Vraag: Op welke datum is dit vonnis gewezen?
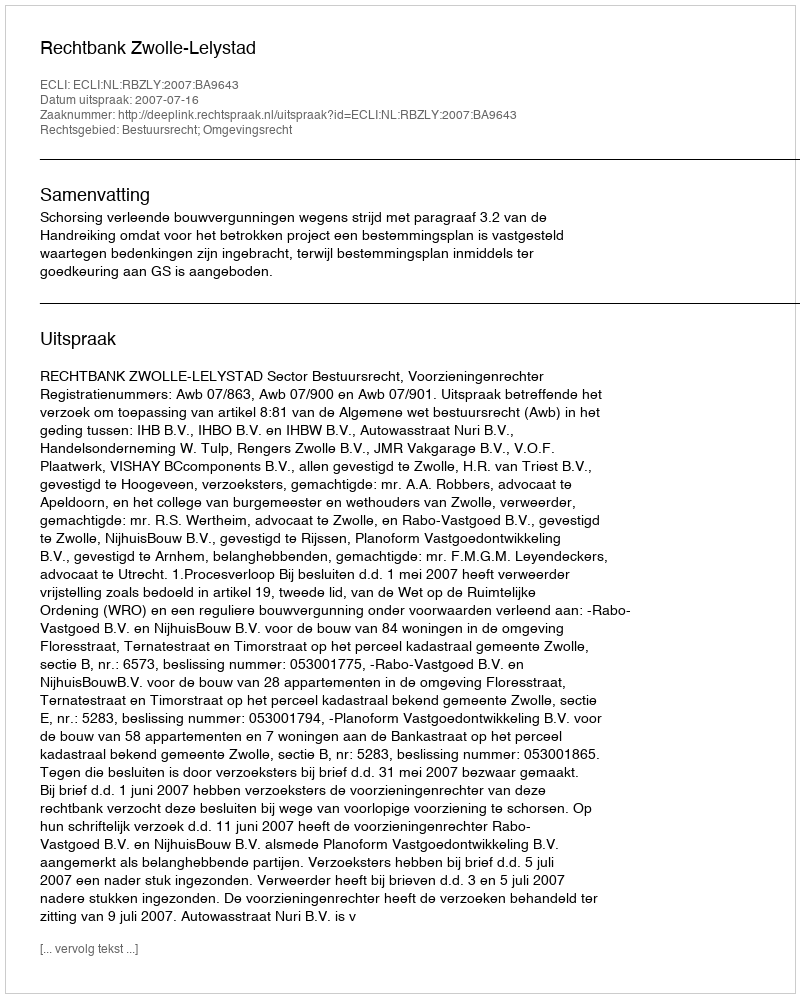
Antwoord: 2007-07-16